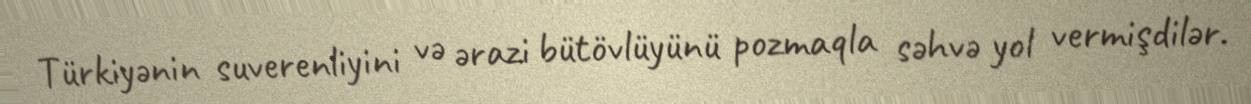
Türkiyənin suverenliyini və ərazi bütövlüyünü pozmaqla səhvə yol vermişdilər.